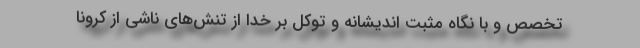
تخصص و با نگاه مثبت اندیشانه و توکل بر خدا از تنش‌های ناشی از کرونا